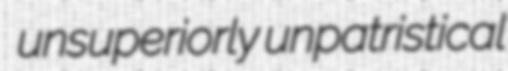
unsuperiorly unpatristical